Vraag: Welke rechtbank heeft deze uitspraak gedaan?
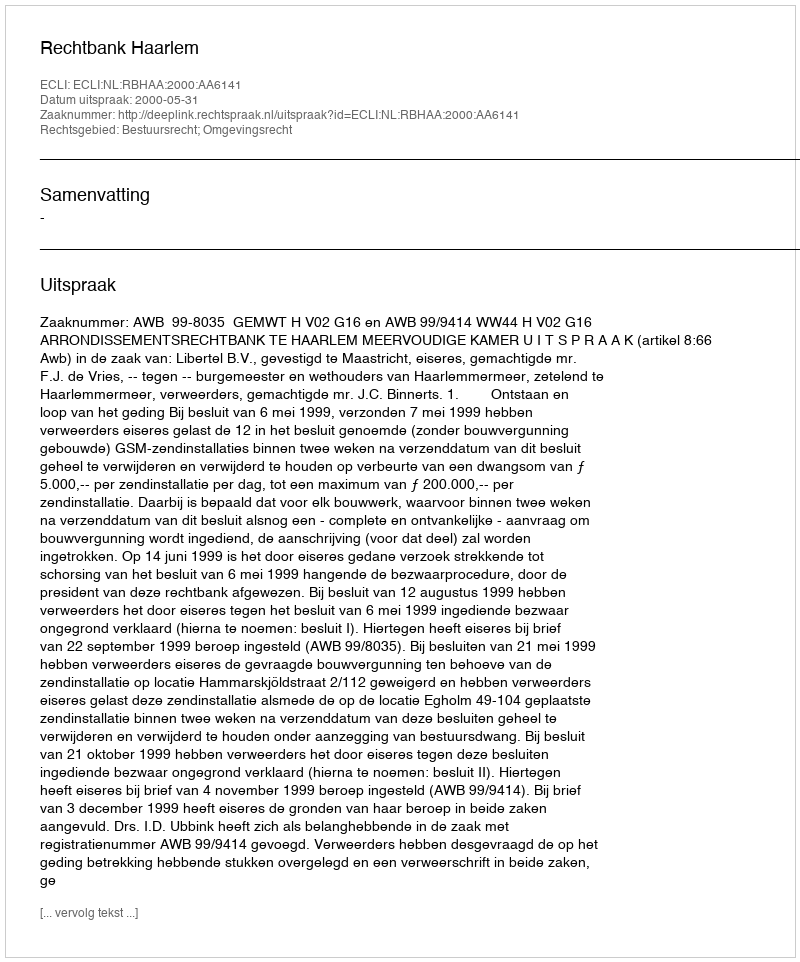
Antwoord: Rechtbank Haarlem